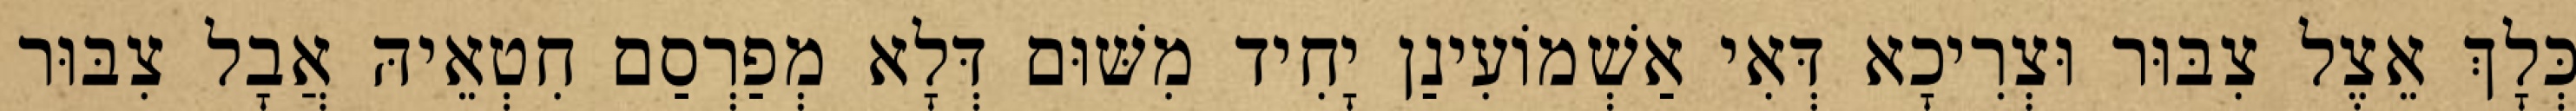
כְּלָךְ אֵצֶל צִבּוּר וּצְרִיכָא דְּאִי אַשְׁמוֹעִינַן יָחִיד מִשּׁוּם דְּלָא מְפַרְסַם חִטְאֵיהּ אֲבָל צִבּוּר